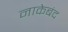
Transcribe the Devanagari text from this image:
नाकेबंद